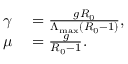
\begin{array} { r l } { \gamma } & { { } = \frac { g R _ { 0 } } { \Lambda _ { \mathrm { m a x } } ( R _ { 0 } - 1 ) } , } \\ { \mu } & { { } = \frac { g } { R _ { 0 } - 1 } . } \end{array}